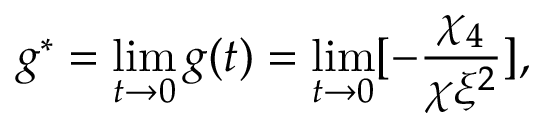
g ^ { * } = \operatorname * { l i m } _ { t \rightarrow 0 } g ( t ) = \operatorname * { l i m } _ { t \rightarrow 0 } [ - { \frac { \chi _ { 4 } } { \chi \xi ^ { 2 } } } ] ,